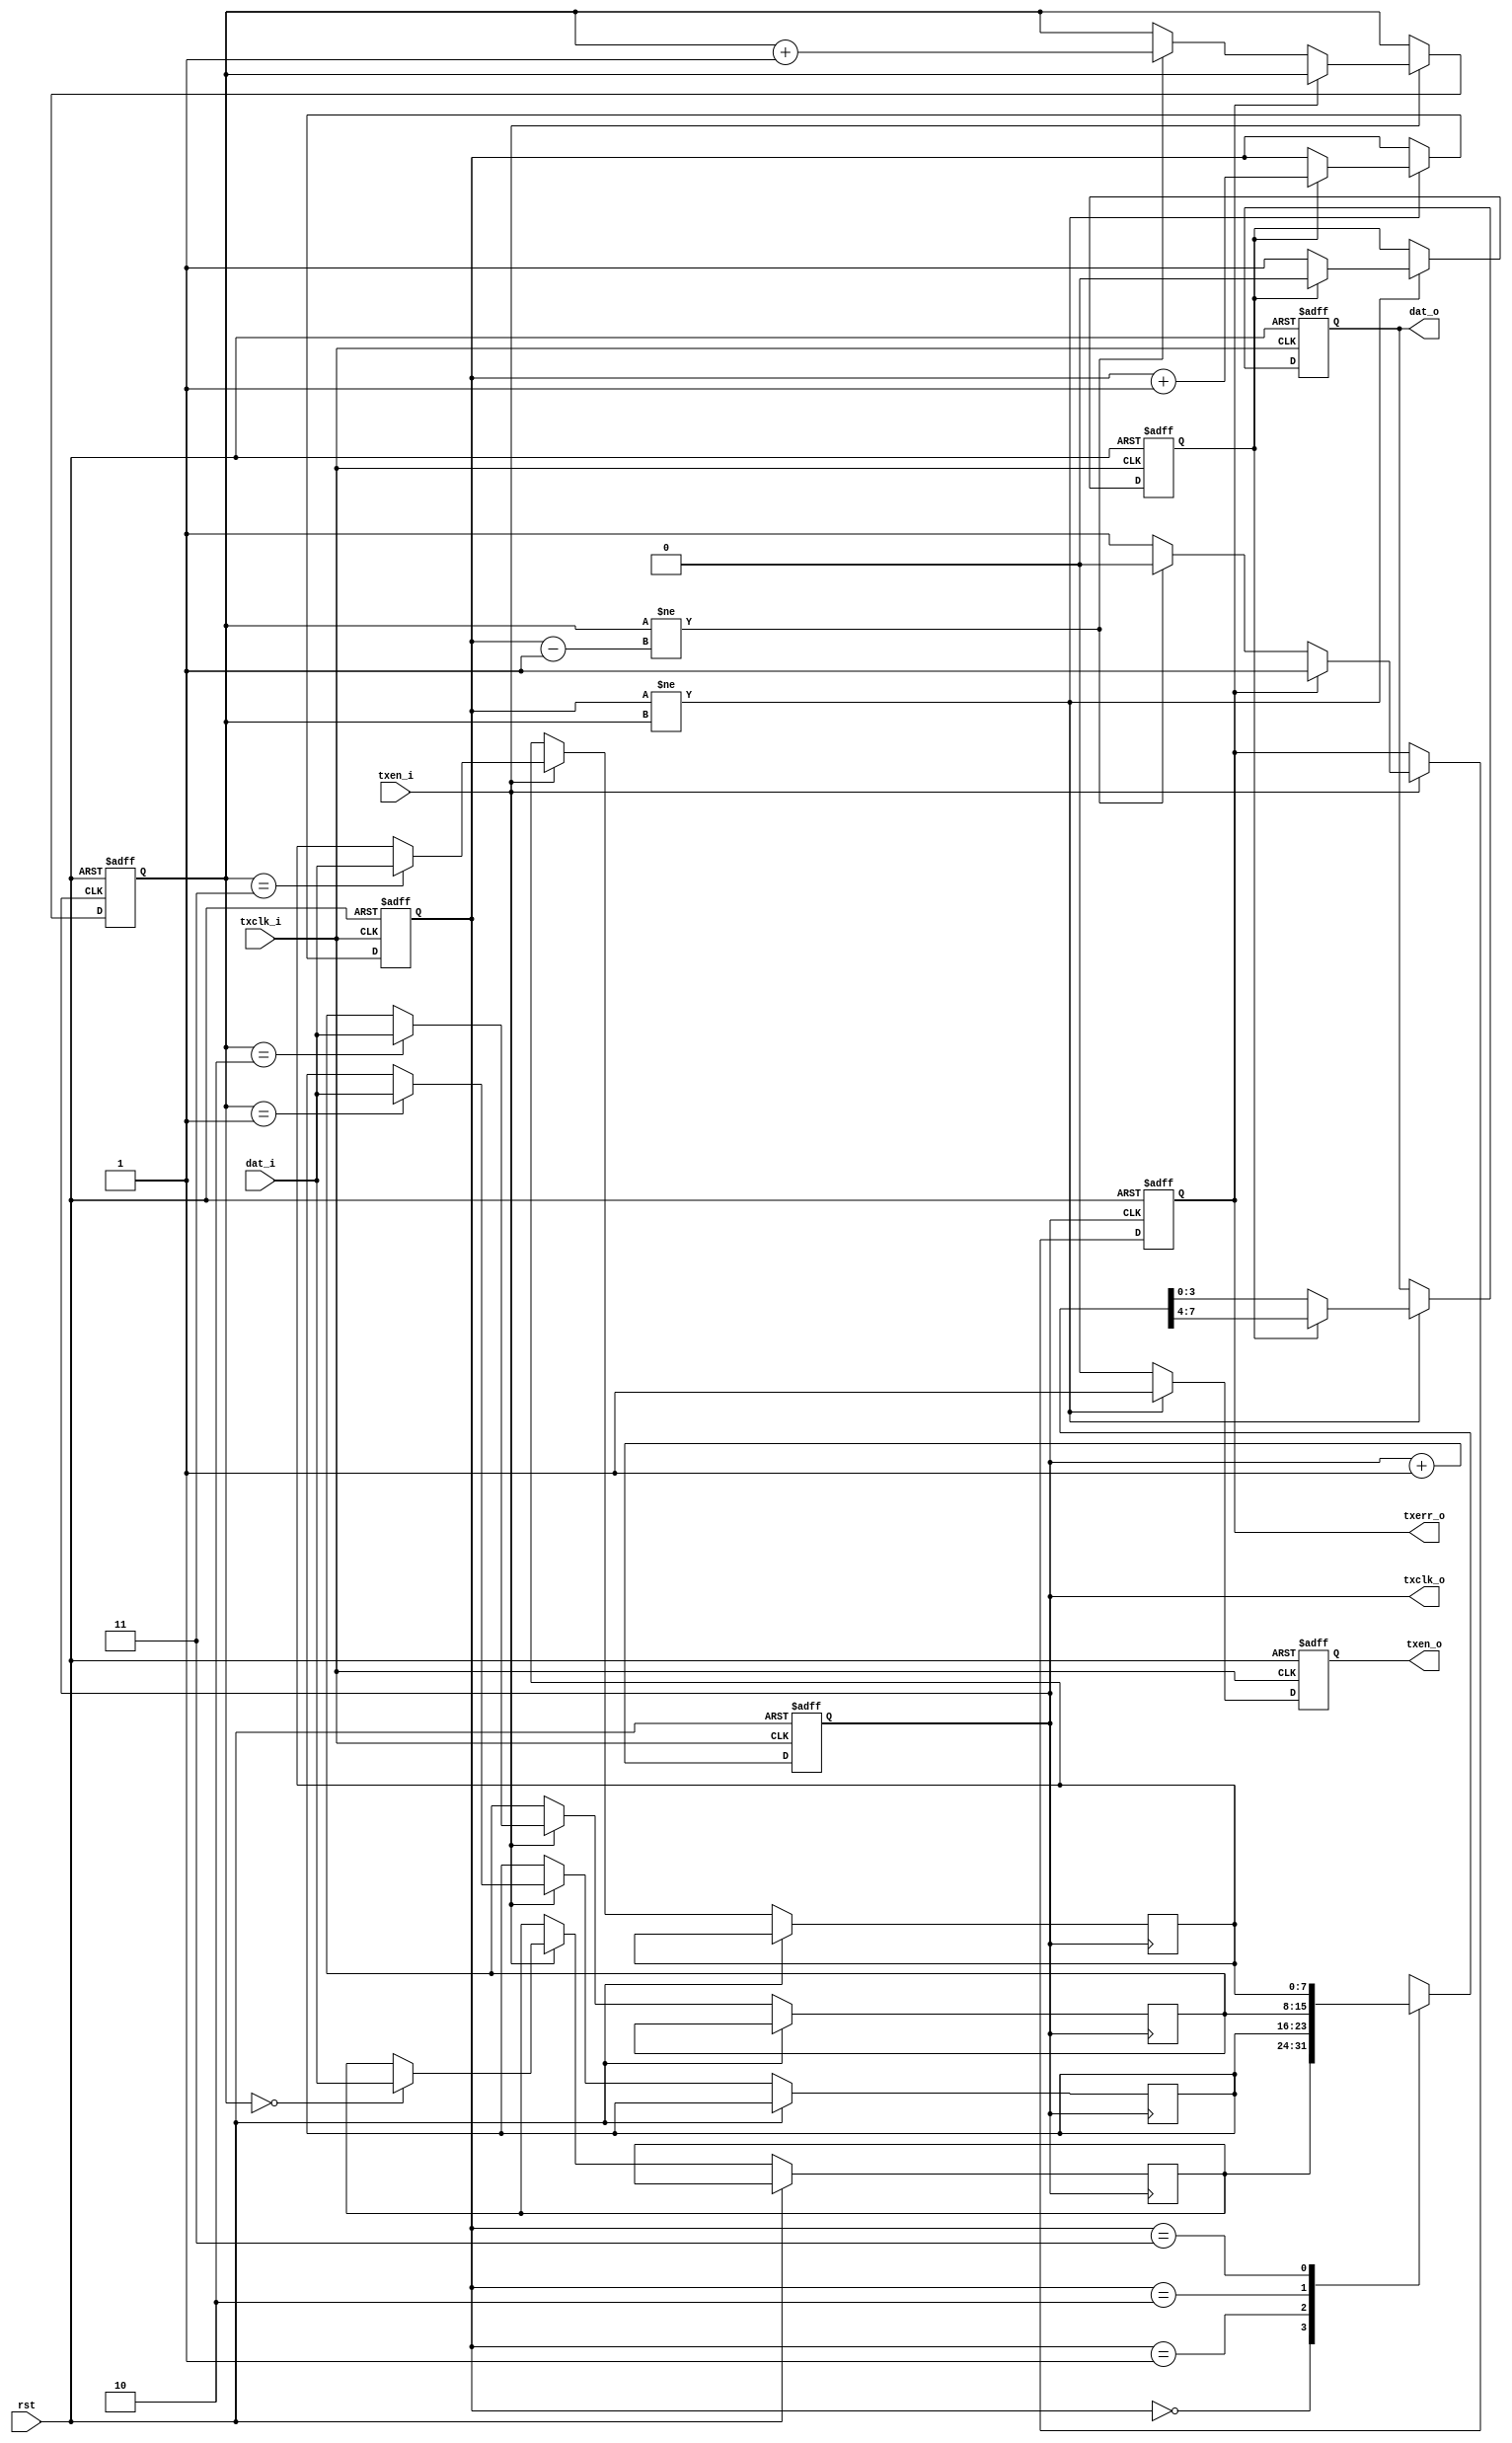
module ddout(
   input          txclk_i,       //   
   input          rst,           //  
   input          txen_i,        //    
   input  [7:0]   dat_i,         //   
   output [3:0]   dat_o,         //   
   output         txclk_o,       //   
   output reg     txen_o,        //    
   output         txerr_o        //    
);

reg  [7:0]  txbufd[0:3];         //  
reg  [1:0]  raddr, waddr;        //  
reg         eo = 1'b0;           // - 
reg         wr_err = 1'b0;       //  
reg  [3:0]  dato;                //   
reg         txclk_reg = 1'b0;    //   

wire [1:0]  raddrl;
assign raddrl = raddr -1'b1;     //    
assign dat_o = dato;
assign txerr_o = wr_err;

//   
always @(posedge txclk_i, posedge rst)
//always @(posedge txclk_i)
   if(rst)  txclk_reg <= 1'b0;
   else     txclk_reg <= txclk_reg + 1'b1;

assign txclk_o = txclk_reg;

always @(negedge txclk_o, posedge rst) begin
//always @(negedge txclk_o) begin
   if(rst) begin
      waddr <= 2'b0; wr_err <= 1'b0;
   end
   else if(txen_i) begin
      txbufd[waddr][7:0] <= dat_i;
      if(~wr_err) begin             // ?
         if(waddr != raddrl)        // .  ?
            waddr <= waddr + 1'b1;  //  - 
         else
            wr_err <= 1'b1;         //  ,   
      end
   end
end

always @(negedge txclk_i, posedge rst) begin
//always @(negedge txclk_i) begin
   if(rst) begin
      eo <= 1'b0; txen_o <= 1'b0;
      raddr <= 2'b0; dato <= 4'o0;
   end
   else begin
      if(raddr != waddr) begin            //  ?
         txen_o <= 1'b1;                  // ,     
         if(eo == 1'b0) begin             //   ...
            dato[3:0] <= txbufd[raddr][3:0]; // ...    ...
            eo <= 1'b1;                   // ...    
         end
         else begin                       //  ...
            dato[3:0] <= txbufd[raddr][7:4]; // ...   , ...
            raddr <= raddr + 1'b1;        // ...   ...
            eo <= 1'b0;                   // ...    
         end
      end                                 //   ...
      else txen_o <= 1'b0;                // ...     
   end
end

endmodule